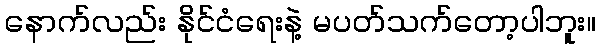
နောက်လည်း နိုင်ငံရေးနဲ့ မပတ်သက်တော့ပါဘူး။